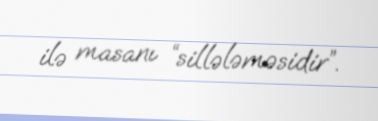
ilə masanı “sillələməsidir”.